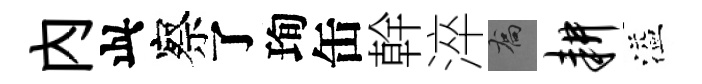
內此察了珣缶幹淬喬耕溢